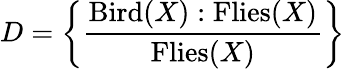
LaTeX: D=\left\{ {\frac{\mathrm{Bird}(X):\mathrm{Flies}(X)}{\mathrm{Flies}(X)}}\right\}